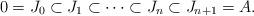
LaTeX: \begin{align*}0=J_0\subset J_1\subset \cdots\subset J_{n}\subset J_{n+1}=A.\end{align*}